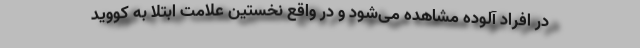
در افراد آلوده مشاهده می‌شود و در واقع نخستین علامت ابتلا به کووید